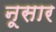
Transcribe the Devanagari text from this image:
नूसार